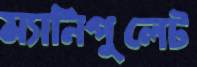
ম্যানিপুলেট